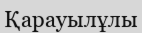
Қарауылұлы